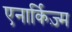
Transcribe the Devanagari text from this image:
एनार्किज़्म